Indian journal of veterinary science and animal husbandry - Volumes 26-27, 1956-1957
Year: 1956
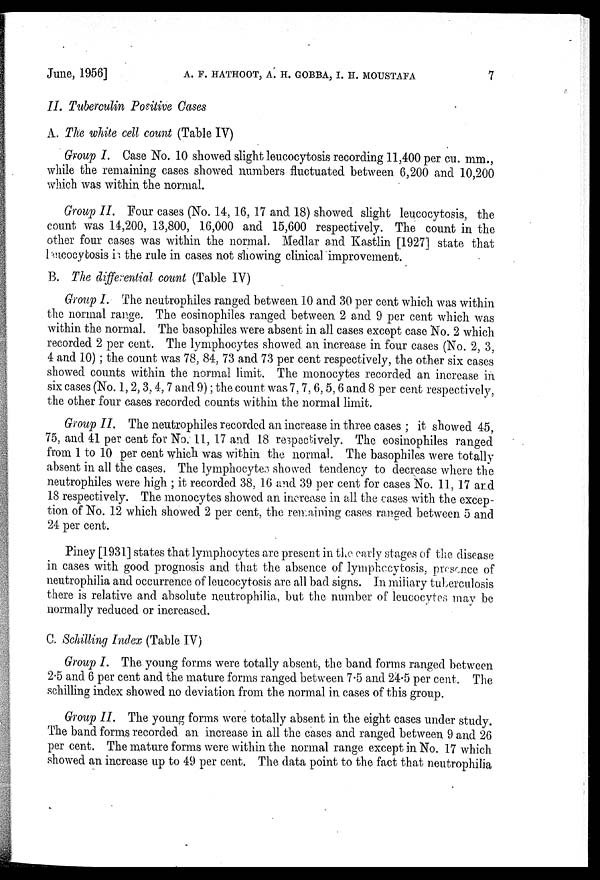
June, 1956] A. P. HATHOOT, A. H. GOBBA, I. H. MOUSTAFA 7
II. Tuberculin Positive Cases
A. The white cell count (Table IV)
Group I. Case No. 10 showed slight leucocytosis recording 11,400 per cu. mm.,
while the remaining cases showed numbers fluctuated between 6,200 and 10,200
which was within the normal.
Group II. Four cases (No. 14, 16, 17 and 18) showed slight leucocytosis, the
count was 14,200, 13,800, 16,000 and 15,600 respectively. The count in the
other four cases was within the normal. Medlar and Kastlin [1927] state that
lencocytosis is the rule in cases not showing clinical improvement.
B. The differential count (Table IV)
Group I. The neutrophiles ranged between 10 and 30 per cent which was within
the normal range. The eosinophiles ranged between 2 and 9 per cent which was
within the normal. The basophiles were absent in all cases except case No. 2 which
recorded 2 per cent. The lymphocytes showed an increase in four cases (No. 2, 3,
4 and 10) ; the count was 78, 84, 73 and 73 per cent respectively, the other six cases
showed counts within the normal limit. The monocytes recorded an increase in
six cases (No. 1, 2, 3, 4, 7 and 9); the count was 7, 7, 6, 5, 6 and 8 per cent respectively,
the other four cases recorded counts within the normal limit.
Group II. The neutrophiles recorded an increase in three cases ; it showed 45,
75, and 41 per cent for No. 11, 17 and 18 respectively. The eosinophiles ranged
from 1 to 10 per cent which was within the normal. The basophiles were totally
absent in all the cases. The lymphocytes showed tendency to decrease where the
neutrophiles were high ; it recorded 38, 16 and 39 per cent for cases No. 11, 17 and
18 respectively. The monocytes showed an increase in all the cases with the excep-
tion of No. 12 which showed 2 per cent, the remaining cases ranged between 5 and
24 per cent.
Piney [1931] states that lymphocytes are present in the early stages of the disease
in cases with good prognosis and that the absence of lympheeytosis, presence of
neutrophilia and occurrence of leucocytosis are all bad signs. In miliary tuberculosis
there is relative and absolute neutrophilia, but the number of leucocytes may be
normally reduced or increased.
C. Schilling Index (Table IV)
Group I. The young forms were totally absent, the band forms ranged between
2.5 and 6 per cent and the mature forms ranged between 7.5 and 24.5 per cent. The
schilling index showed no deviation from the normal in cases of this group.
Group II. The young forms were totally absent in the eight cases under study.
The band forms recorded an increase in all the cases and ranged between 9 and 26
per cent. The mature forms were within the normal range except in No. 17 which
showed an increase up to 49 per cent. The data point to the fact that neutrophilia